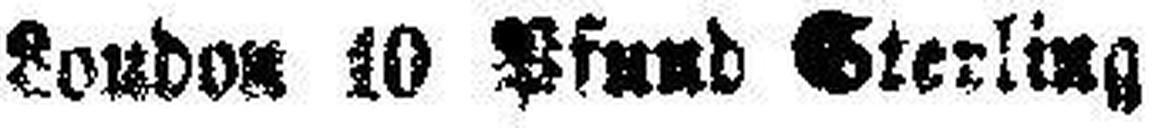
London 10 Pfund Sterling